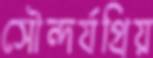
সৌন্দর্যপ্রিয়